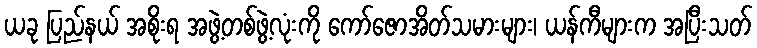
ယခု ပြည်နယ် အစိုးရ အဖွဲ့တစ်ဖွဲ့လုံးကို ကော်ဇောအိတ်သမားများ၊ ယန်ကီများက အပြီးသတ်